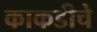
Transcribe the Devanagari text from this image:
काकडीचे